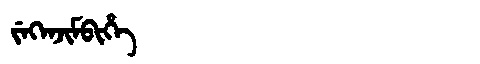
Manchu: ᠵᡝᡴᡝᠨᠵᡳᠮᠪᡳᡥᡝ
Romanization: JEKENJIMBIHE